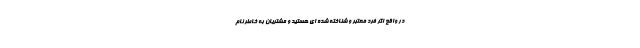
در واقع اگر فرد معتبر و شناخته شده ای هستید و مشتریان به خاطر نام